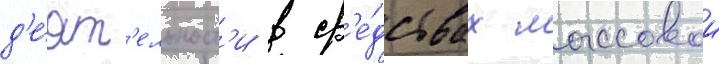
д'е́ят'ельност'и в ср'е́дствах массовои